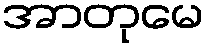
အာတုမေ